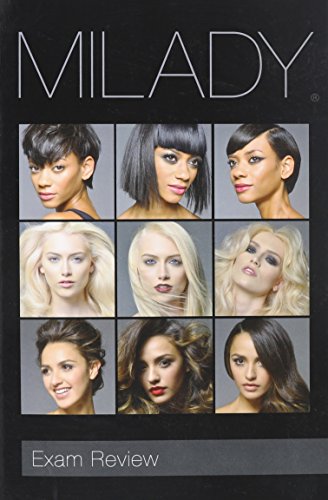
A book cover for Exam Review Milady Standard Cosmetology 2016 (Milday Standard Cosmetology Exam Review); Health, Fitness & Dieting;